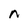
Character: n